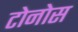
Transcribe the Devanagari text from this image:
टोनोस